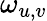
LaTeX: \omega_{u,v}